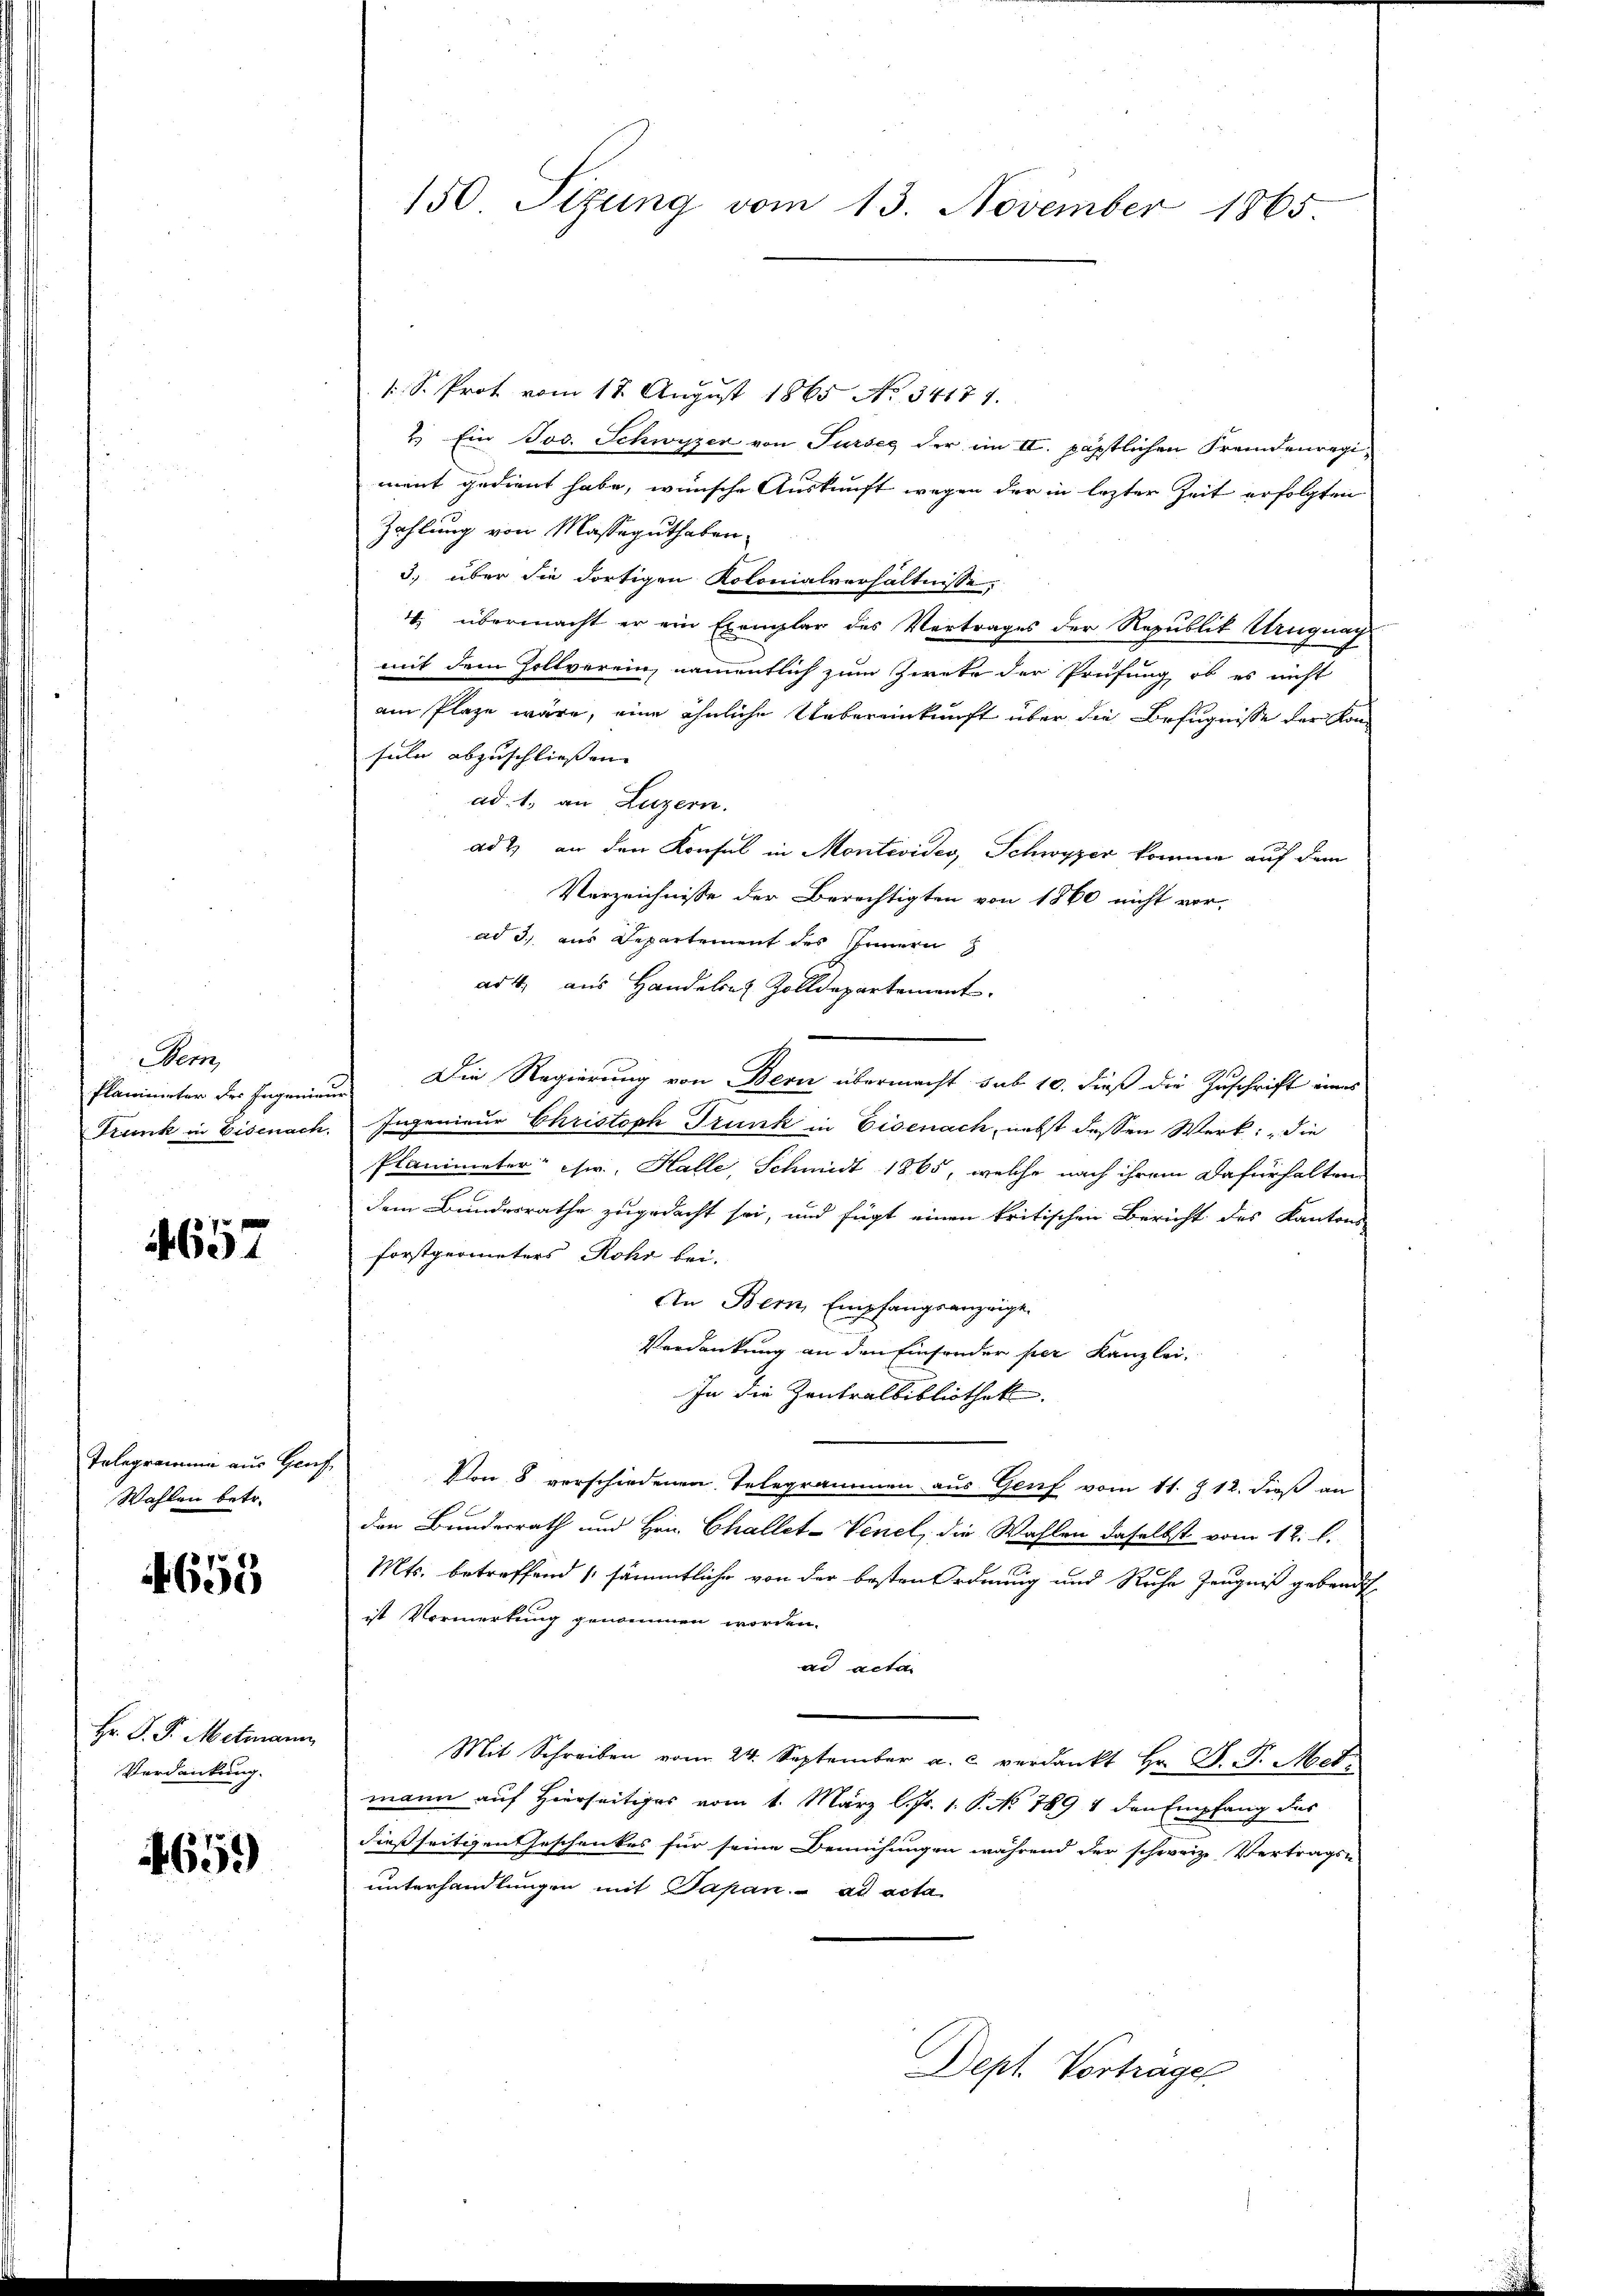
em
Plamiueter des Ingenieu
Trunk in Eisenach

4657

Telegramme aus Hauf
Wahlen betr.

651

Hr. P. P. Mitmann
Verdankung.

4659

150 Sizung vom 13. November 1865

/S. Prot vom 18. August 1865 No 34177.
2.) Ein Jos. Schwyzer von Surses der im II. päpstlichen Fremdenregiment gedient habe, wünsche Auskunft wegen der in lezter Zeit erfolgten
Zahlung von Masseguthaben.
3. über die dortigen Kolonialverhältnisse,
4. übermacht er ein Exemplar des Vertrages der Republik Urugnach
mit dem Zollverein, namentlich zum Zweke der Prüfung ob es nicht
am Plaze wäre, eine ähnliche Uebereinkunft über die Befugnisse der Konsuln abzuschliessen. |
ad 1., an Luzern.
ad 2, an den Konsul in Montevides, Schwyzer komme auf dem
Verzeichnisse der Berechtigten von 1860 nicht vor-
ad 3. aus Departement des Innern
ad 4. aus Handelsaz Zolldepartement.
Die Regierung von Bern übermacht sub 10. dieß die Zuschrift eines
Ingenieur Christoph Trunk in Eisenach, nebst dessen Werk, die
Planimeter: sw., Halle, Schmidt 1865, welche nach ihrem Dafürhalten
dem Bundesrathe zugedacht sei, und fügt einen kritischen Bericht des Kantons
forstgeometers Rohr bei.
An Bern, Empfangsanzeige
Verdankung an den Einsonder per Kanzlei,
In die Zentralbibliothek.
Von 8 verschiedenen Telegrammen aus Genf vom 11. Z. 12. dieß an
den Bundesrath und Hrn. Challet-Venel, die Wahlen daselbst vom 12. l.
Mts. betreffend sämmtliche von der besten Ordnung und Reche Zeugniß gebendet,
ist Vormerkung genommen worden.
ad acta
Mit Schreiben vom 24. September a. c. verdankt Hr. P. G. Met
mann auf Hierseitiges vom 1. März l. Js. 1. P. No 789 4 den Empfang des
dießseitigen eschenkes für seine Bemühungen während der schweiz. Vertrags-
unterhandlungen mit Papan. ad acta

Dept. Vortrage